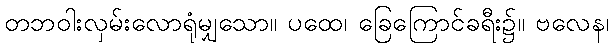
တဘဝါးလှမ်းလောရုံမျှသော။ ပထေ၊ ခြေကြောင်ခရီး၌။ ဗလေန၊